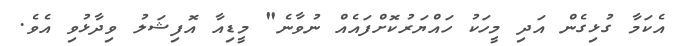
އެކަމާ ގުޅިގެން އަދި މީހަކު ހައްޔަރުކޮށްފައެއް ނުވާނެ" މީޑިއާ އޮފިޝަލު ވިދާޅުވި އެވެ.